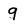
Character: q